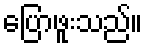
ပြောဖူးသည်။